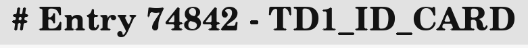
# Entry 74842 - TD1_ID_CARD